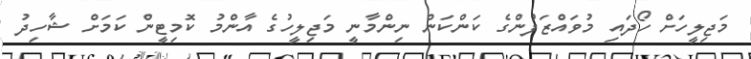
މަޖިލީހަށް ހޯދައި މުވައްޒަފުންގެ ކަންކަން ނިންމާނީ މަޖިލީހުގެ އާންމު ކޮމިޓީން ކަމަށް ޝާހިދު